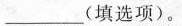
___(填选项)。